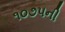
૧૦૭૫ની